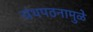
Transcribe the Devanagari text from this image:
ग्रंथपठनामुळे